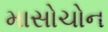
માસોચોન